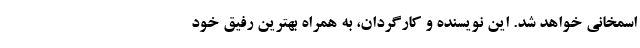
اسمخانی خواهد شد. این نویسنده و کارگردان، به همراه بهترین رفیق خود